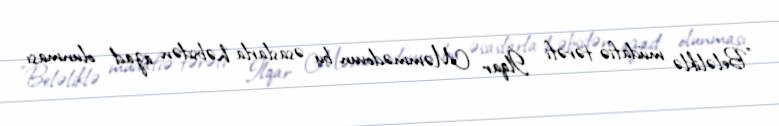
”Beləliklə müdafiə tərəfi İlqar Məmmədovun bu əsaslarla həbsdən azad olunması